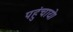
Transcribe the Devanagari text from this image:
पहुंचाये।